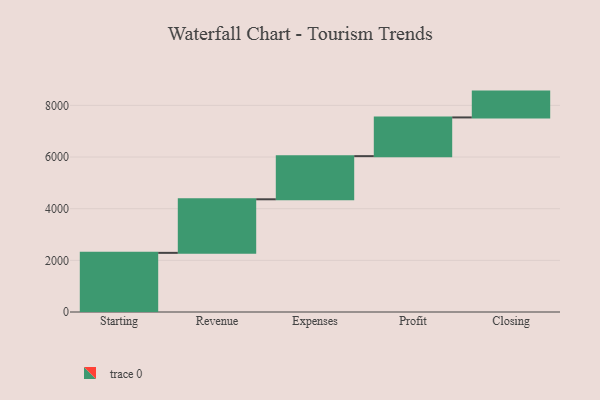
{"axis": {"x": "Step", "y": "Value"}, "legend": [""], "data": [{"x": "Starting", "y": 2290.0, "type": ""}, {"x": "Revenue", "y": 2074.0, "type": ""}, {"x": "Expenses", "y": 1671.0, "type": ""}, {"x": "Profit", "y": 1499.0, "type": ""}, {"x": "Closing", "y": 1000, "type": ""}]}